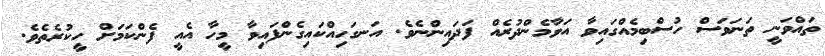
ތައްވަނީ ތަނަވަސް ހުސްބިމެއްގައިވާ އަވާމެންދުރެއް ފަދައިންނެވެ. އަނގަހިއްކައިގެންފައިވާ މީހާ އެއީ ފެންކަމަށް ހީކުރެތެވެ.